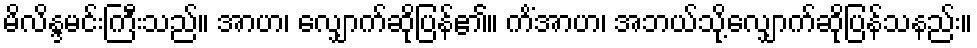
မိလိန္ဒမင်းကြီးသည်။ အာဟ၊ လျှောက်ဆိုပြန်၏။ ကိံအာဟ၊ အဘယ်သို့လျှောက်ဆိုပြန်သနည်း။